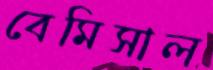
বেমিসাল